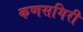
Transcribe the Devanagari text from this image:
कणसगिरी